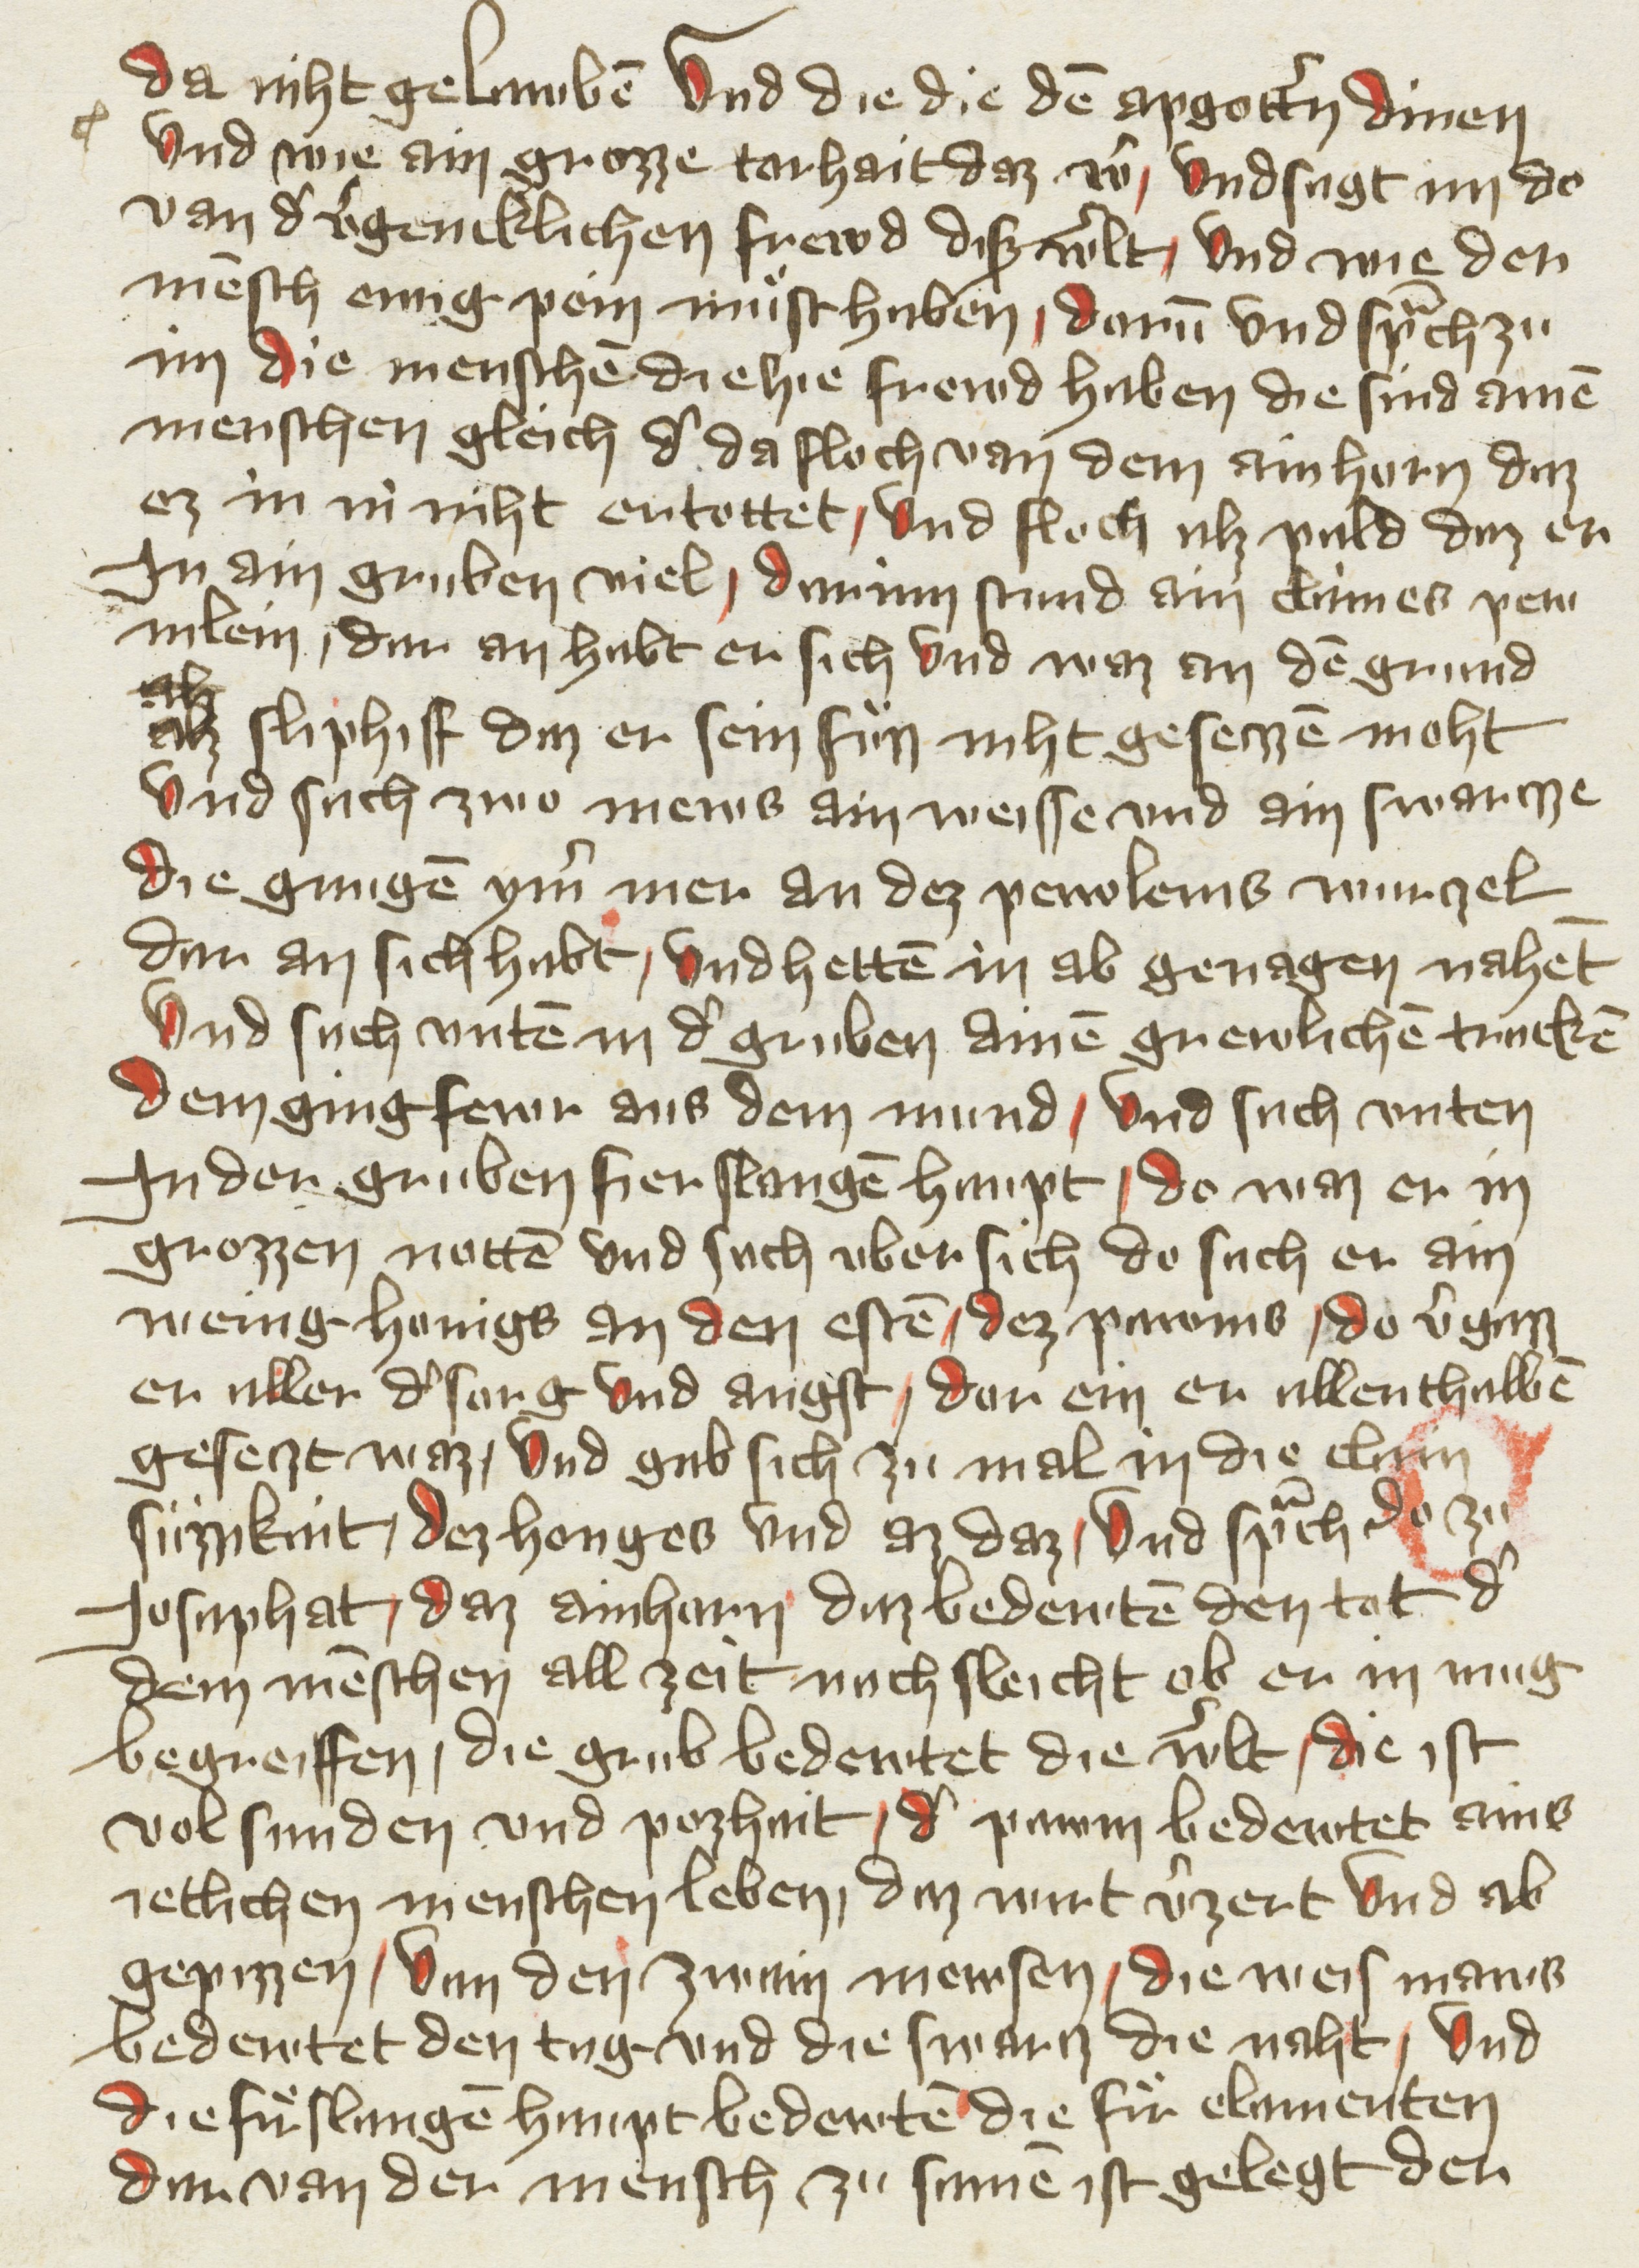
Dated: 1400–1499